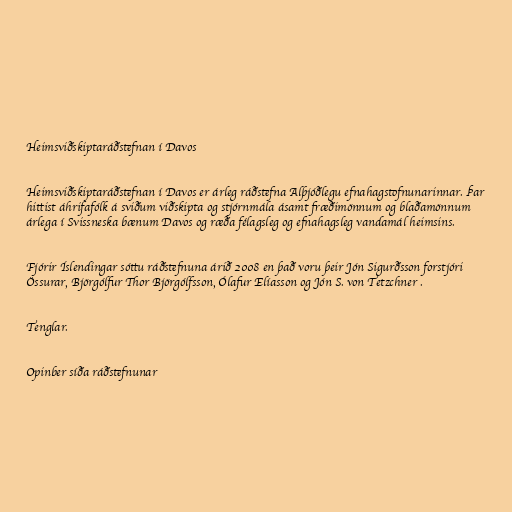
Heimsviðskiptaráðstefnan í Davos

Heimsviðskiptaráðstefnan í Davos er árleg ráðstefna Alþjóðlegu efnahagstofnunarinnar. Þar
hittist áhrifafólk á sviðum viðskipta og stjórnmála ásamt fræðimönnum og blaðamönnum
árlega í Svissneska bænum Davos og ræða félagsleg og efnahagsleg vandamál heimsins.

Fjórir Íslendingar sóttu ráðstefnuna árið 2008 en það voru þeir Jón Sigurðsson forstjóri
Össurar, Björgólfur Thor Björgólfsson, Ólafur Elíasson og Jón S. von Tetzchner .

Tenglar.

Opinber síða ráðstefnunar